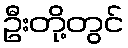
ဦးတို့တွင်